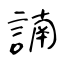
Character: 諵